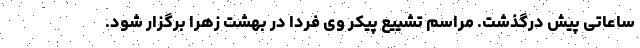
ساعاتی پیش درگذشت. مراسم تشییع پیکر وی فردا در بهشت زهرا برگزار شود.